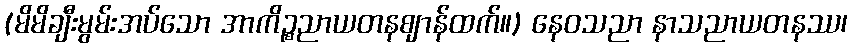
(မိမိချီးမွမ်းအပ်သော အာကိဉ္စညာယတနဈာန်ထက်။) နေဝသညာ နာသညာယတနဿ၊